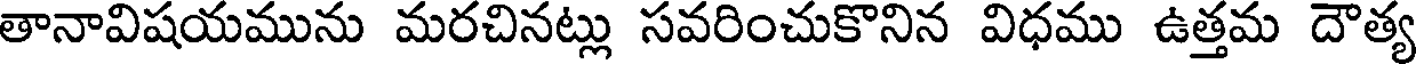
తానావిషయమును మరచినట్లు సవరించుకొనిన విధము ఉత్తమ దౌత్య